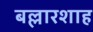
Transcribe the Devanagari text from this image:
बल्लारशाह